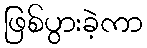
ဖြစ်ပွားခဲ့ကာ